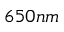
6 5 0 n m